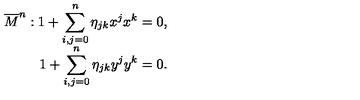
\begin{array} { r } { \overline { { M } } ^ { n } : 1 + \displaystyle \sum _ { i , j = 0 } ^ { n } \eta _ { j k } x ^ { j } x ^ { k } = 0 , } \\ { 1 + \displaystyle \sum _ { i , j = 0 } ^ { n } \eta _ { j k } y ^ { j } y ^ { k } = 0 . } \\ \end{array}